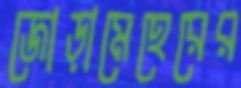
জোড়ামেহেরের